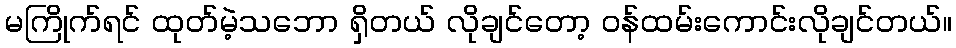
မကြိုက်ရင် ထုတ်မဲ့သဘော ရှိတယ် လိုချင်တော့ ဝန်ထမ်းကောင်းလိုချင်တယ်။